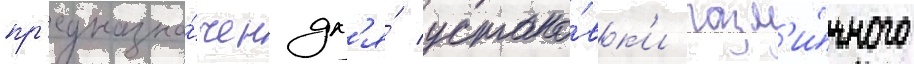
пр'едназна́чен дл'я́ устано́вк'и разл'и́чного